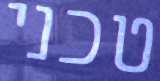
טכני